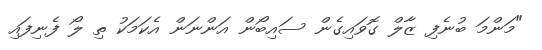
"މަންމަ ބުނެފި ޒާލް ގޮވައިގެން ސައިބޯން އަންނަން އެކަމަކު ތި ލޯ ފެނިފައި